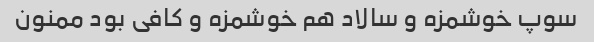
سوپ خوشمزه و سالاد هم خوشمزه و کافی بود ممنون